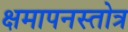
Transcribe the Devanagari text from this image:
क्षमापनस्तोत्र